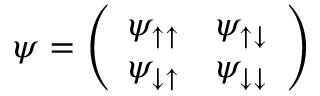
{ \boldsymbol { \psi } } = { \left( \begin{array} { l l } { \psi _ { \uparrow \uparrow } } & { \psi _ { \uparrow \downarrow } } \\ { \psi _ { \downarrow \uparrow } } & { \psi _ { \downarrow \downarrow } } \end{array} \right) }